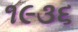
૧૯૩૬